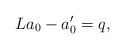
LaTeX: \begin{align*}La_{0}-a_{0}^{\prime}=q, \end{align*}